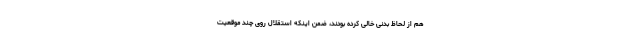
هم از لحاظ بدنی خالی کرده بودند، ضمن اینکه استقلال روی چند موقعیت